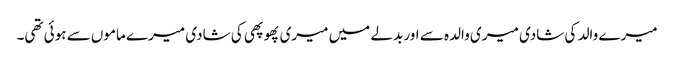
میرے والد کی شادی میری والدہ سے اور بدلے میں میری پھوپھی کی شادی میرے ماموں سے ہوئی تھی۔